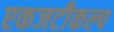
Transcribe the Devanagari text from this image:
एकजटीकल्प